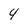
Character: 4